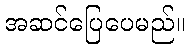
အဆင်ပြေပေမည်။